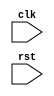
module synchronous_logic(
  input wire clk,
  input wire rst,
  // Add any other input/output ports here
  
);

// Add your input/output ports here

always @ (posedge clk or negedge rst) begin
  if(~rst) begin
    // reset logic here
  end else begin
    // synchronous logic here
  end
end

endmodule